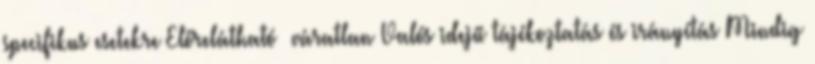
specifikus esetekre Előrelátható váratlan Valós idejű tájékoztatás és irányítás Mindig